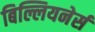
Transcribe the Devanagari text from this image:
बिल्लियनेर्स